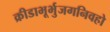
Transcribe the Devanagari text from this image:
क्रीडाभूर्भुजगनिवहो